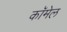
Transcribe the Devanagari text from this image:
कॉमेल